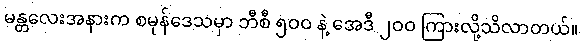
မန္တလေးအနားက စမုန်ဒေသမှာ ဘီစီ ၅ဝဝ နဲ့ အေဒီ ၂ဝဝ ကြားလို့သိလာတယ်။